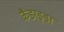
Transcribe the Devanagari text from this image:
कैंडाइडा